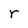
Character: r